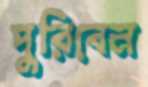
পুরিবেন